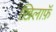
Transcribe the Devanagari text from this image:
ख़िलाफ़ॅ